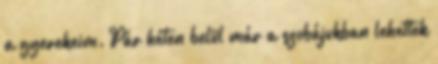
a gyerekeim. Pár héten belül már a szobájukban lehettek